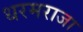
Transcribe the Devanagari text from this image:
धरमराजा